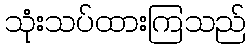
သုံးသပ်ထားကြသည်